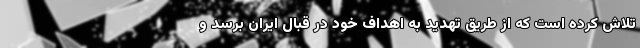
تلاش کرده است که از طریق تهدید به اهداف خود در قبال ایران برسد و